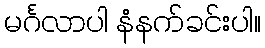
မင်္ဂလာပါ နံနက်ခင်းပါ။